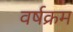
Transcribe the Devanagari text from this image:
वर्षक्रम